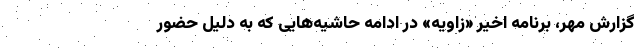
گزارش مهر، برنامه اخیر «زاویه» در ادامه حاشیه‌هایی که به دلیل حضور